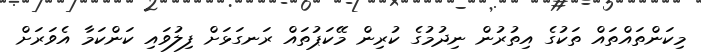
މިކަންތައްތައް ތަކުގެ އިތުރުން ނިދުމުގެ ކުރިން މޭކަޕުތައް ރަނގަޅަށް ފިލުވައި ކަންކަމާ އެވަރަށް